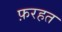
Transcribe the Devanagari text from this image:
फ़रहत